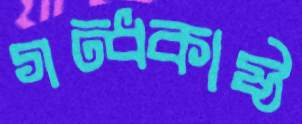
গন্ধকাষ্ঠ